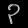
Digit: ၃